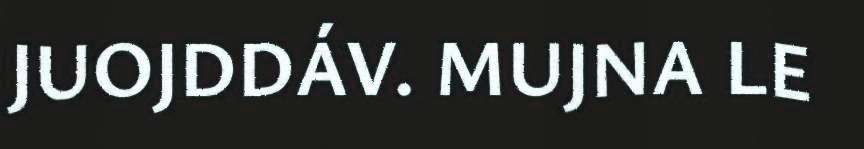
JUOJDDÁV. MUJNA LE